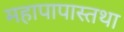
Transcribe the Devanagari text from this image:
महापापास्तथा